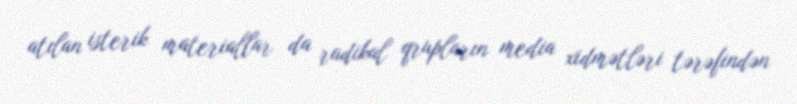
atılan isterik materiallar da radikal qrupların media xidmətləri tərəfindən